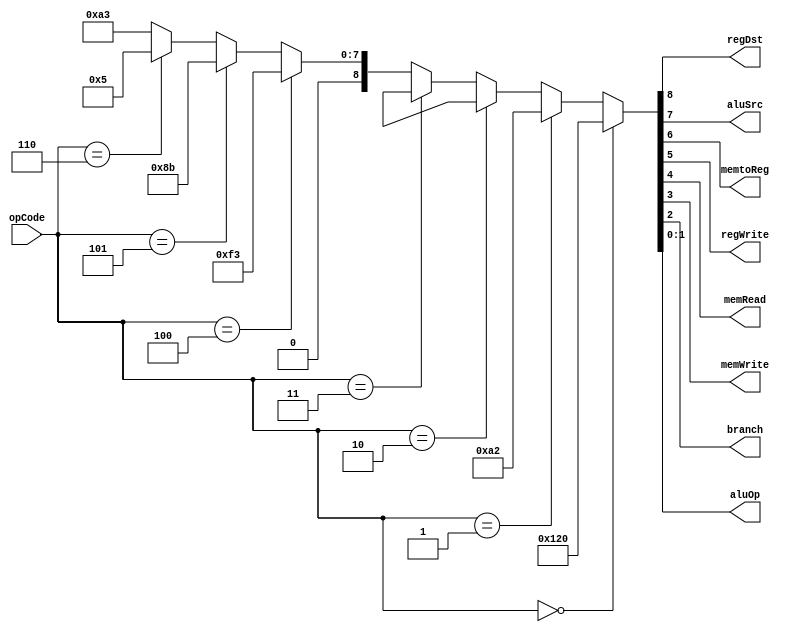
`timescale 1ns / 1ps
//////////////////////////////////////////////////////////////////////////////////
// Company: 
// Engineer: 
// 
// Design Name: 
// Module Name:    Control_Unit 
// Project Name: 
// Target Devices: 
// Tool versions: 
// Description: 
//
// Dependencies: 
//
// Revision: 
// Revision 0.01 - File Created
// Additional Comments: 
//
//////////////////////////////////////////////////////////////////////////////////
module Control_Unit(input [2:0] opCode,
						output regDst,aluSrc,memtoReg,regWrite,
								memRead,memWrite,branch, output [1:0] aluOp
    );

wire [8:0] temp;

assign temp = opCode == 3'b000 ? 9'b100100000:
				  opCode == 3'b001 ? 9'b010100010:
				  opCode == 3'b010 ? 9'bxxxxxxxxx:
				  opCode == 3'b011 ? 9'bxxxxxxxxx:
				  opCode == 3'b100 ? 9'b011110011:
				  opCode == 3'b101 ? 9'b010001011:
				  opCode == 3'b110 ? 9'b000000101:
				  9'b010100011;

assign aluOp = temp[1:0];
assign branch = temp[2];
assign memWrite = temp[3];
assign memRead = temp[4];
assign regWrite = temp[5];
assign memtoReg = temp[6];
assign aluSrc = temp[7];
assign regDst = temp[8];				  

endmodule